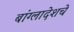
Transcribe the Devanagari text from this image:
बांग्लादेशचे